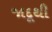
જાદૂથી